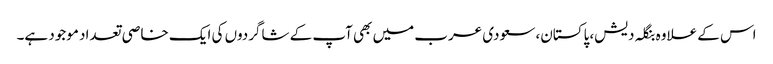
اس کے علاوہ بنگلہ دیش، پاکستان، سعودی عرب میں بھی آپ کے شاگردوں کی ایک خاصی تعداد موجود ہے۔